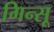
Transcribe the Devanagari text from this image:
गिन्सू